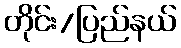
တိုင်း/ပြည်နယ်